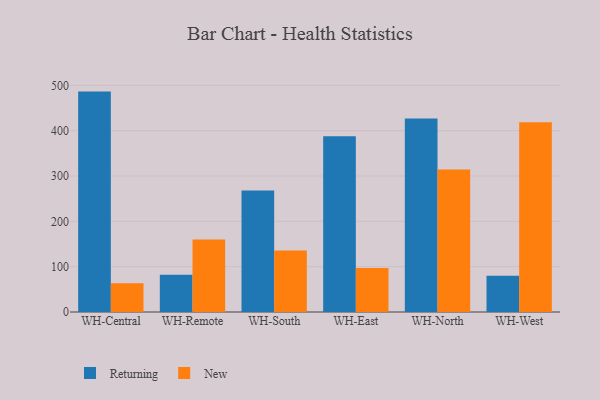
{"axis": {"x": "Warehouse", "y": "Gross Profit (USD K)"}, "legend": ["New", "Returning"], "data": [{"x": "WH-Central", "y": 486.2, "type": "Returning"}, {"x": "WH-Central", "y": 63.5, "type": "New"}, {"x": "WH-Remote", "y": 82.3, "type": "Returning"}, {"x": "WH-Remote", "y": 160.2, "type": "New"}, {"x": "WH-South", "y": 268.1, "type": "Returning"}, {"x": "WH-South", "y": 135.4, "type": "New"}, {"x": "WH-East", "y": 387.6, "type": "Returning"}, {"x": "WH-East", "y": 97.3, "type": "New"}, {"x": "WH-North", "y": 426.7, "type": "Returning"}, {"x": "WH-North", "y": 314.5, "type": "New"}, {"x": "WH-West", "y": 80.2, "type": "Returning"}, {"x": "WH-West", "y": 418.5, "type": "New"}]}